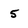
Character: 5